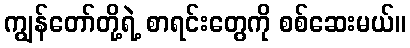
ကျွန်တော်တို့ရဲ့ စာရင်းတွေကို စစ်ဆေးမယ်။